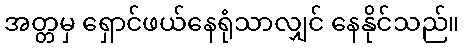
အတ္တမှ ရှောင်ဖယ်နေရုံသာလျှင် နေနိုင်သည်။